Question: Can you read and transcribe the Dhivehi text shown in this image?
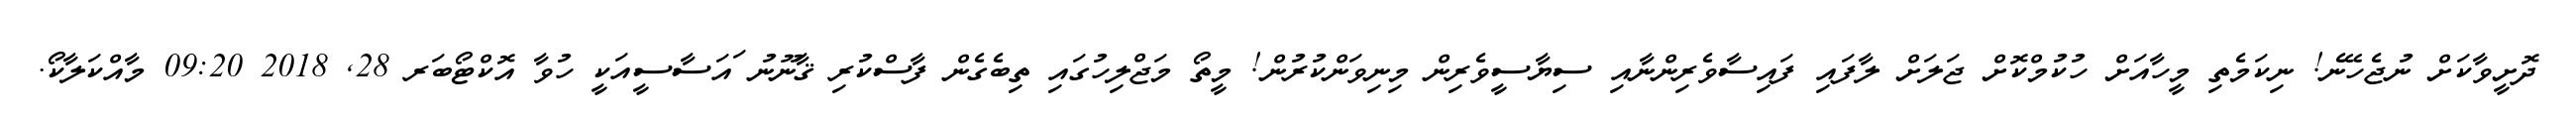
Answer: ދޮށީވާކަށް ނުޖެހޭނެ! ނިކަމެތި މީހާއަށް ހުކުމްކޮށް ޖަލަށް ލާފައި ފައިސާވެރިންނާއި ސިޔާސީވެރިން މިނިވަންކުރުން! މީތޯ މަޖްލިހުގައި ތިބެގެން ފާސްކުރި ޤާނޫނު ައަސާސީއަކީ ހުވާ އޮކްޓޯބަރ 28, 2018 09:20 މާއްކަލާކޯ.